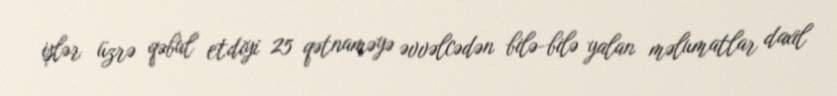
işlər üzrə qəbul etdiyi 25 qətnaməyə əvvəlcədən bilə-bilə yalan məlumatlar daxil